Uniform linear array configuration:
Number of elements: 4
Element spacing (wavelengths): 1
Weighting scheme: uniform
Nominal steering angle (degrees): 60
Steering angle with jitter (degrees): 59.562
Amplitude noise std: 0.05
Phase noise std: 0.05

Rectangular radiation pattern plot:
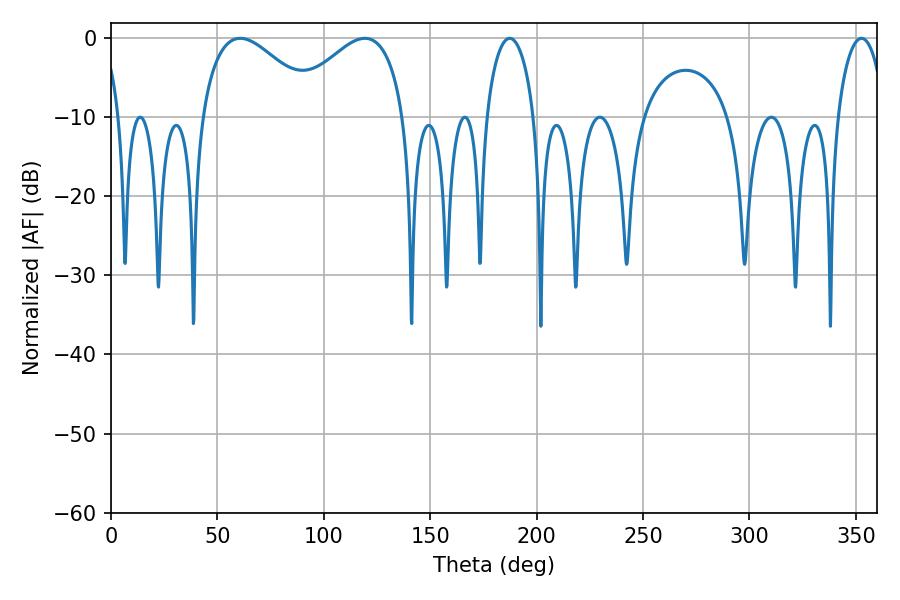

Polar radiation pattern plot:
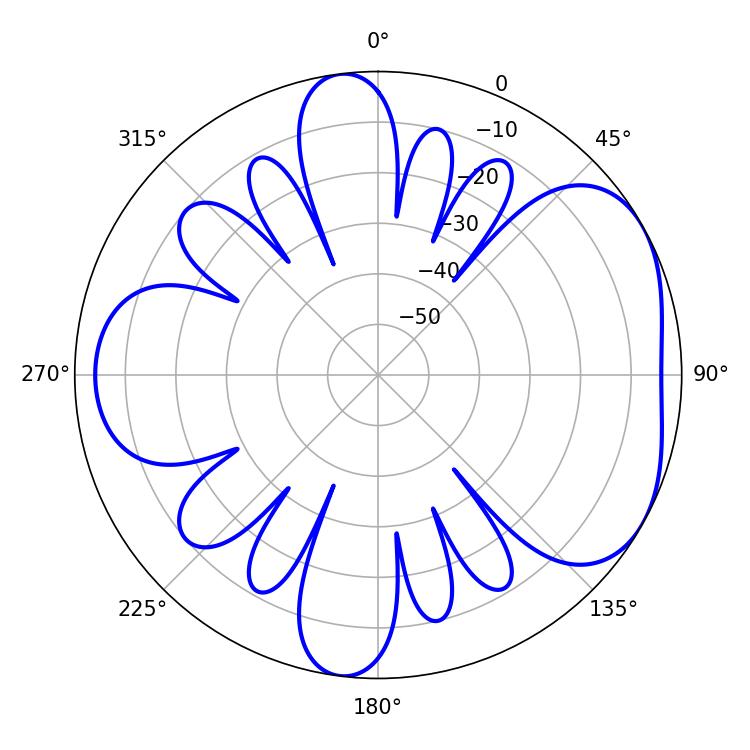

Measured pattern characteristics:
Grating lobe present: TRUE
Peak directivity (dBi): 4.799
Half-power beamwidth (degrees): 30.24
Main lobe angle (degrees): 60.66